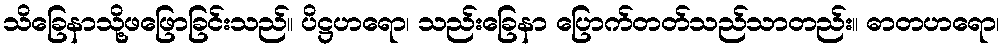
သိခြေနာသို့ဖဖြောခြင်းသည်။ ပိဋ္ဌဟရော၊ သည်းခြေနာ ပြောက်တတ်သည်သာတည်း။ ဓာတဟရော၊